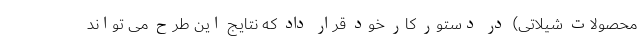
محصولات شیلاتی) در دستور کار خود قرار داد که نتایج این طرح می تواند